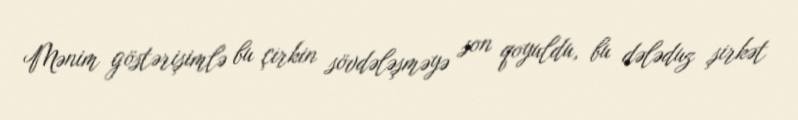
Mənim göstərişimlə bu çirkin sövdələşməyə son qoyuldu, bu dələduz şirkət